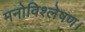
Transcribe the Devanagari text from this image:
मनोविश्लेषण।